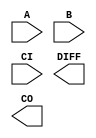
////////////////////////////////////////////////////////////////////////////////
//
//       This confidential and proprietary software may be used only
//     as authorized by a licensing agreement from Synopsys Inc.
//     In the event of publication, the following notice is applicable:
//
//                    (C) COPYRIGHT 1992 - 2023 SYNOPSYS INC.
//                           ALL RIGHTS RESERVED
//
//       The entire notice above must be reproduced on all authorized
//     copies.
//
//
// VERSION:   Simulation Architecture
//
// DesignWare_version: 846f28c7
// DesignWare_release: U-2022.12-DWBB_202212.5
//
////////////////////////////////////////////////////////////////////////////////
//-----------------------------------------------------------------------------------
//
// ABSTRACT:  Subtractor
//           Carry-In and Carry-Out are active high
//
// MODIFIED: 
//	     
//     Sheela   
//                      May 18, 1995
//
//     GN               Feb. 15, 1996 
//                      star 33068
//
//     RPH              07/17/2002 
//                      Rewrote to comply with the new guidelines   
//---------------------------------------------------------------------------

module DW01_sub (A, B, CI, DIFF, CO);

   parameter integer width=4;

   // port list declaration in order
   input [ width-1 : 0]  A, B; 
   input 		 CI;
   
   output [ width-1 : 0] DIFF;   
   output 		 CO;   

   // synopsys translate_off
   
   wire [width : 0] 	 tmp_out;
   
   //-------------------------------------------------------------------------
   // Parameter legality check
   //-------------------------------------------------------------------------

   
 
  initial begin : parameter_check
    integer param_err_flg;

    param_err_flg = 0;
    
   
    if (width < 1) begin
      param_err_flg = 1;
      $display(
	"ERROR: %m :\n  Invalid value (%d) for parameter width (lower bound: 1)",
	width );
    end
   
    if ( param_err_flg == 1) begin
      $display(
        "%m :\n  Simulation aborted due to invalid parameter value(s)");
      $finish;
    end

  end // parameter_check 

	    
   assign tmp_out = ((^(A ^ A) !== 1'b0) || (^(B ^ B) !== 1'b0)) ? {width+1{1'bx}} : A-B-CI;
   assign CO = tmp_out[width];
   assign DIFF = tmp_out[width-1 : 0];

   // synopsys translate_on
endmodule // DW01_sub;